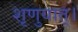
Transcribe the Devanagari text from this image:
शृणुयात्।